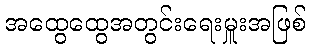
အထွေထွေအတွင်းရေးမှူးအဖြစ်